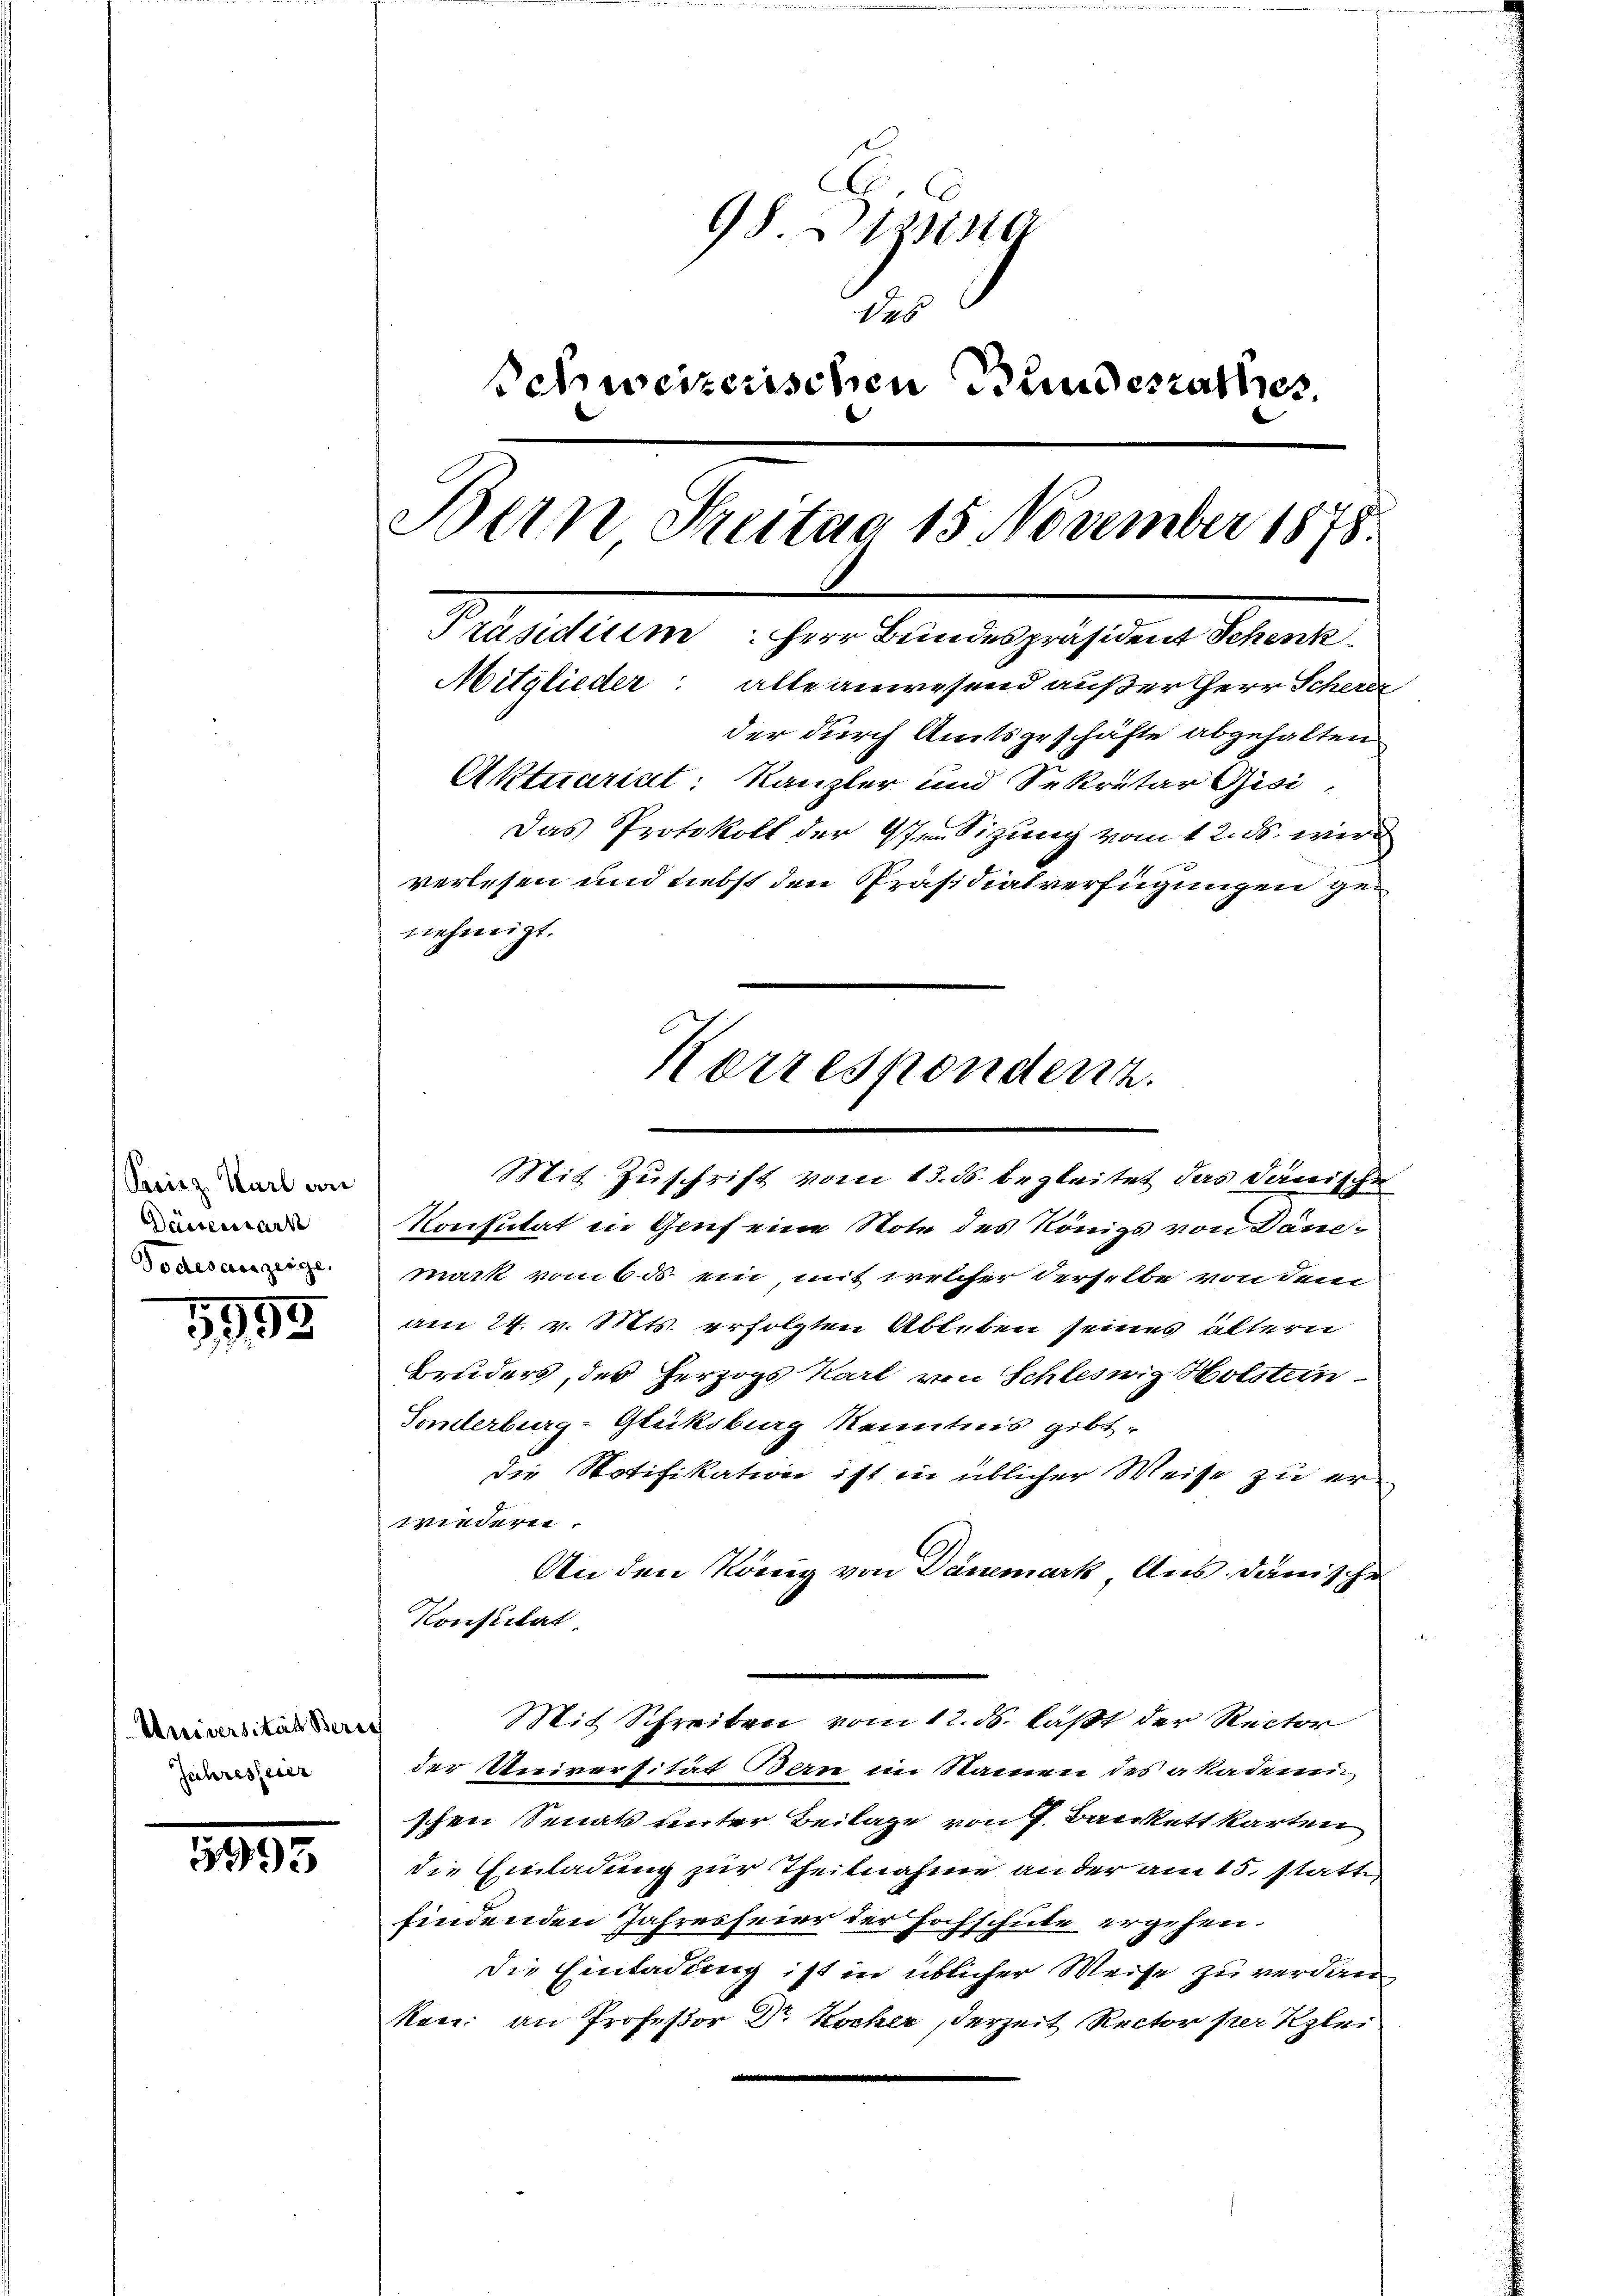
Preisz Karl an
Dassenstark
Todesauszeige.

5955

Universität Beric
Jahresfeier

3993

.
98. 131130
Na6
Schweizerischen Bundesrathes.
Bern Streitag 15 November 1878.
Präsidium. Herr Bundespräsident Schenk
Mitglieder: alle anwesend außer Herr Scherer
der durch Amtsgeschäfte abgehalten
Aktuariat: Kanzler und Sekretär Gisi,
Das Protokoll der Pensizung vom 12. ds. wird
verlesen und liebst den Präsidialverfügungen genehmigt.

Korrespondenz.
Mit Zuschrift vom 13. ds. begleitet das Dänische

Konsutat in Gruf eine Note des Königs von Dändmack vom 6. ds. ein, mit welcher derselbe von dem
am 24. v. Mts. erfolgten Ableben seines ältern
Bruders, der herzogs Karl von Schleswig Holstein
Tonderburg-Gleiksburg Kenntnis gibt,
die Notifikation ist in üblicher Weise zu erwiedern.
An den König von Danemark Aus danische
Konstitat
Mit Schreiben vom 12. ds. laßt der Rector
der Universität Bern im Namen des akademi
schen Senats unter Beilage von J. Bankett karten
die Einladung zur Theilnahme an der am 15. statte
findenden Jahresfeier der Hochschule ergehen.
die Einladung ist in üblicher Weise zu verdanen: an Professor Dr. Kocher, derzeit Rector per Klei